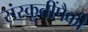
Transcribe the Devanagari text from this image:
संस्कृतींपैकी